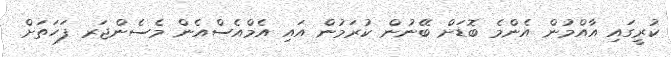
ކުރީގައި އާއްމުން އެންމެ ބޮޑަށް ބޭނުން ކުރަމުން އައި އެމްއެސްއެން މެސެންޖަރ ފަހަތަށް